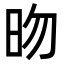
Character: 昒